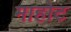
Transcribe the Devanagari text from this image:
माहोट